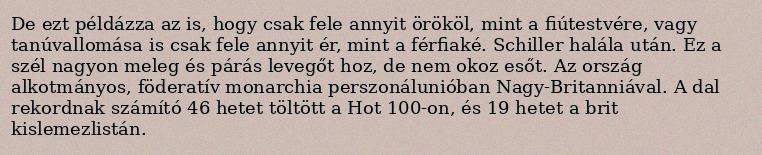
De ezt példázza az is, hogy csak fele annyit örököl, mint a fiútestvére, vagy tanúvallomása is csak fele annyit ér, mint a férfiaké. Schiller halála után. Ez a szél nagyon meleg és párás levegőt hoz, de nem okoz esőt. Az ország alkotmányos, föderatív monarchia perszonálunióban Nagy-Britanniával. A dal rekordnak számító 46 hetet töltött a Hot 100-on, és 19 hetet a brit kislemezlistán.